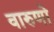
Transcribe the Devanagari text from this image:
वारुणो